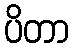
ပိတာ